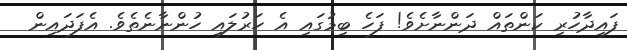
ފައިދާހުރި ކަންތައް ދަންނާށެވެ! ފަހެ ބިމުގައި އެ ހަރުލައި ހުންނާނެތެވެ. އެފަދައިން